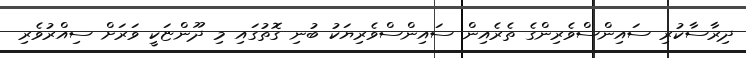
ދިރާސާކުރި ސައިންސްވެރިންގެ ތެރެއިން ސައިންސްވެރިޔަކު ބުނި ގޮތުގައި މި ދޫންޏަކީ ވަރަށް ސިއްރުވެރި